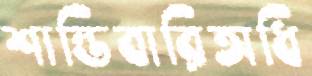
শান্তিবারিঅধি